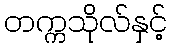
တက္ကသိုလ်နှင့်